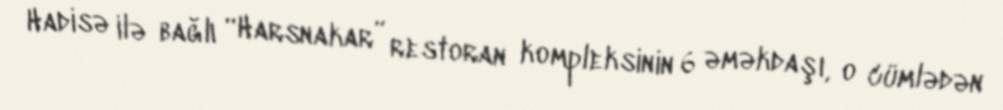
Hadisə ilə bağlı “Harsnakar” restoran kompleksinin 6 əməkdaşı, o cümlədən